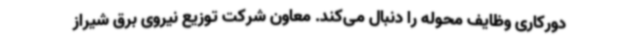
دورکاری وظایف محوله را دنبال می‌کند. معاون شرکت توزیع نیروی برق شیراز